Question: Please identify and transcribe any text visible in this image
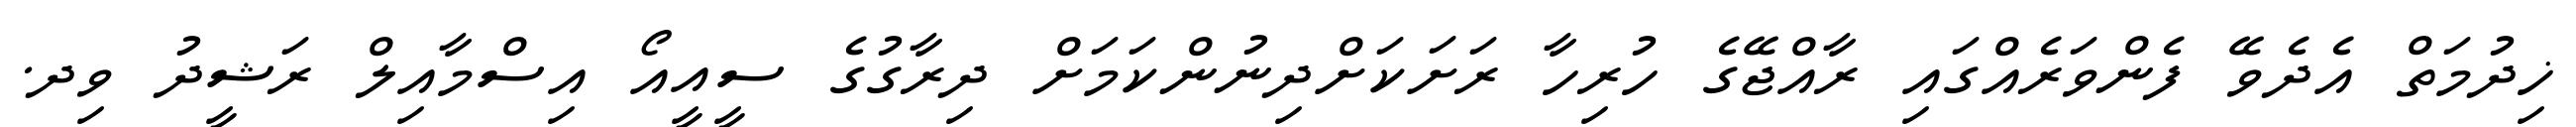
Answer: ޚިދުމަތް އެދެވޭ ފެންވަރެއްގައި ރާއްޖޭގެ ހުރިހާ ރަށަކަށްދިނުންކަމަށް ދިރާގުގެ ސީއީއޯ އިސްމާއިލް ރަޝީދު ވިދ.